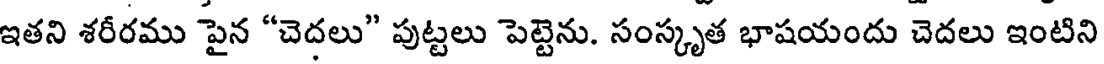
ఇతని శరీరము పైన "చెదలు" పుట్టలు పెట్టెను. సంస్కృత భాషయందు చెదలు ఇంటిని